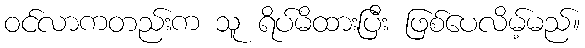
ဝင်လာကတည်းက သူ ရိပ်မိထားပြီး ဖြစ်ပေလိမ့်မည်။